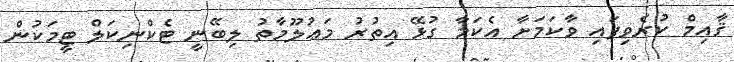
ޤާއިމް ކުރެވިފައި ވާކަމަށާ އެކަމާ ގުޅޭ އިތުރު މަޢުލޫމާތު ލިބޭނީ ޓެކްނިކަލް ޓީމަކުން